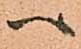
へ